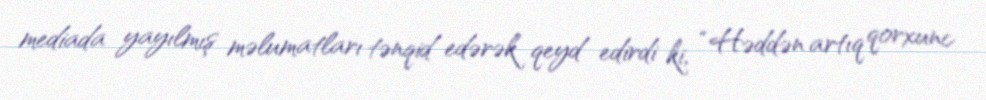
mediada yayılmış məlumatları tənqid edərək qeyd edirdi ki, “Həddən artıq qorxunc